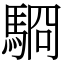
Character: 䮐